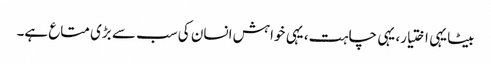
بیٹا یہی اختیار، یہی چاہت، یہی خواہش انسان کی سب سے بڑی متاع ہے۔